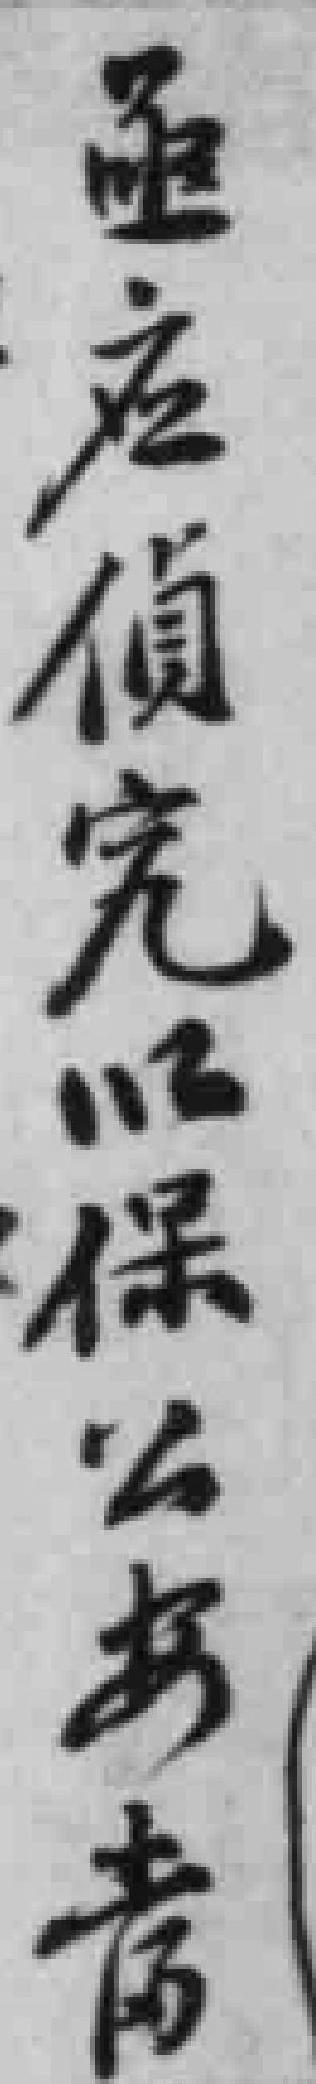
亟应偵究以保公安當